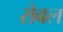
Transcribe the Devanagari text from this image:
रोबल